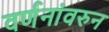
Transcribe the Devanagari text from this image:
वर्णनांवरुन